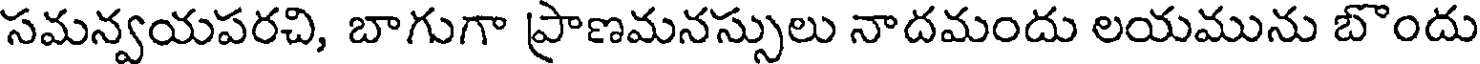
సమన్వయపరచి, బాగుగా ప్రాణమనస్సులు నాదమందు లయమును బొందు